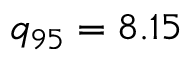
q _ { 9 5 } = 8 . 1 5